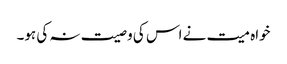
خواہ میت نے اس کی وصیت نہ کی ہو۔